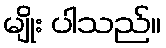
မျိုး ပါသည်။